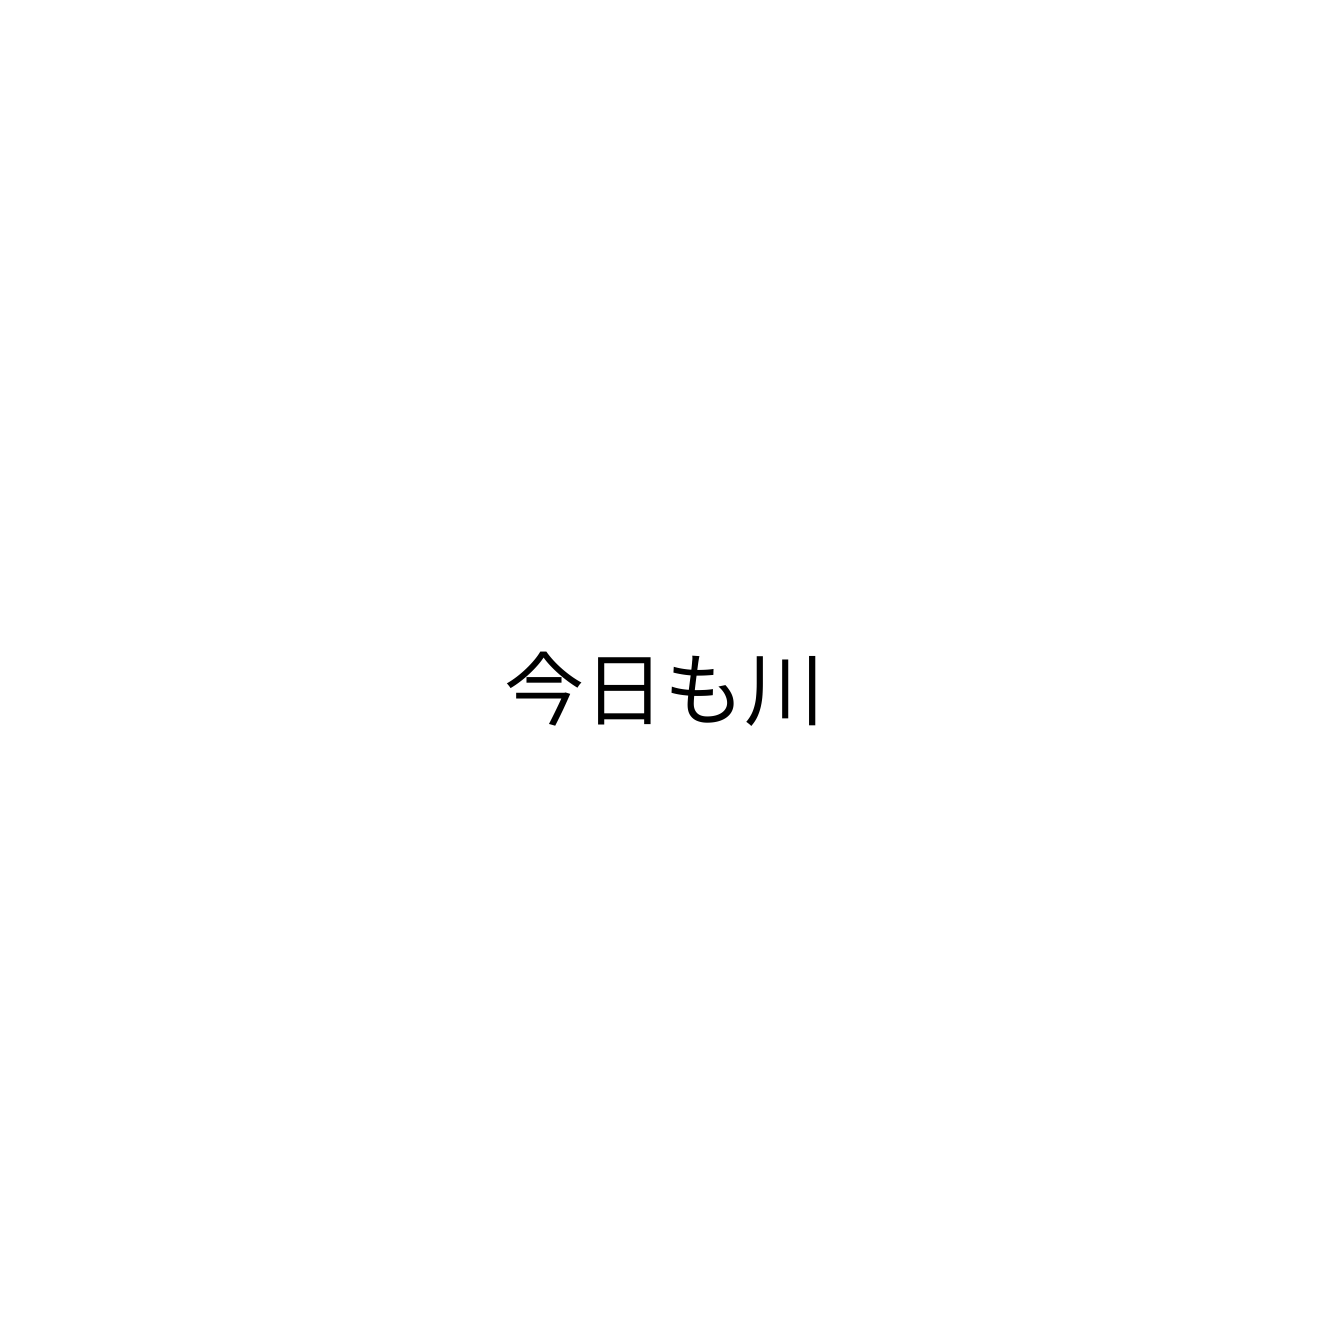
今日も川